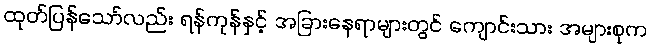
ထုတ်ပြန်သော်လည်း ရန်ကုန်နှင့် အခြားနေရာများတွင် ကျောင်းသား အများစုက